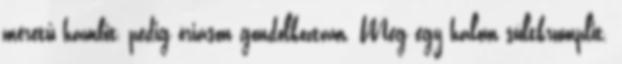
méretű hambit, pedig óriáson gondolkoztam. Meg egy halom sültkrumplit.